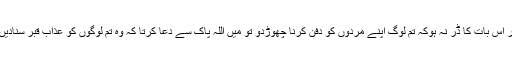
اگر اس بات کا ڈر نہ ہوکہ تم لوگ اپنے مردوں کو دفن کرنا چھوڑدو تو میں اللہ پاک سے دعا کرتا کہ وہ تم لوگوں کو عذاب قبر سنادیں‘‘۔